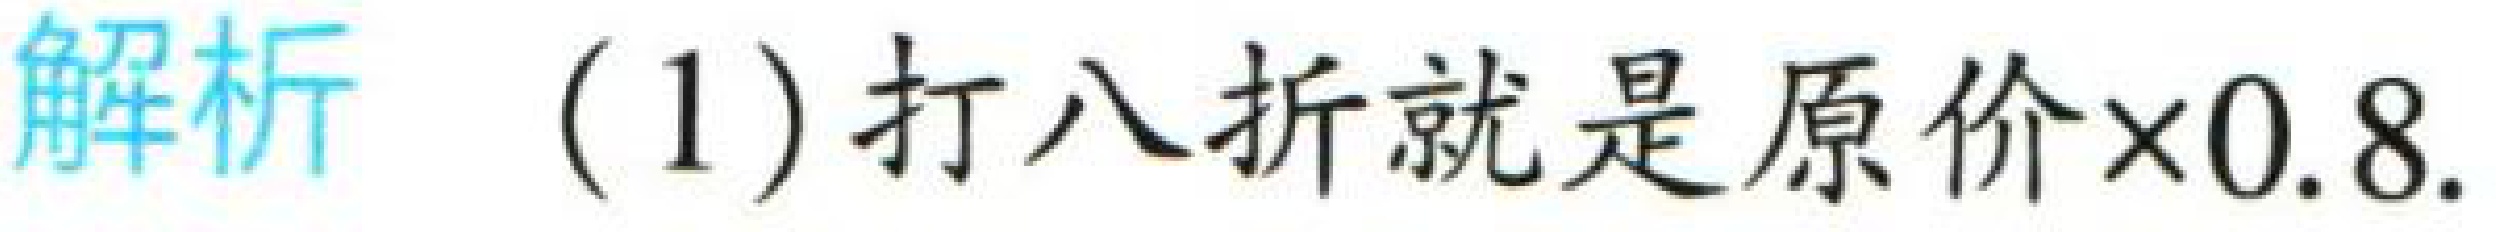
解析 (1) 打八折就是原价$\times0.8$.